Civil Veterinary Department. United Provinces 1912-22 - 1912-1922
Year: 1912
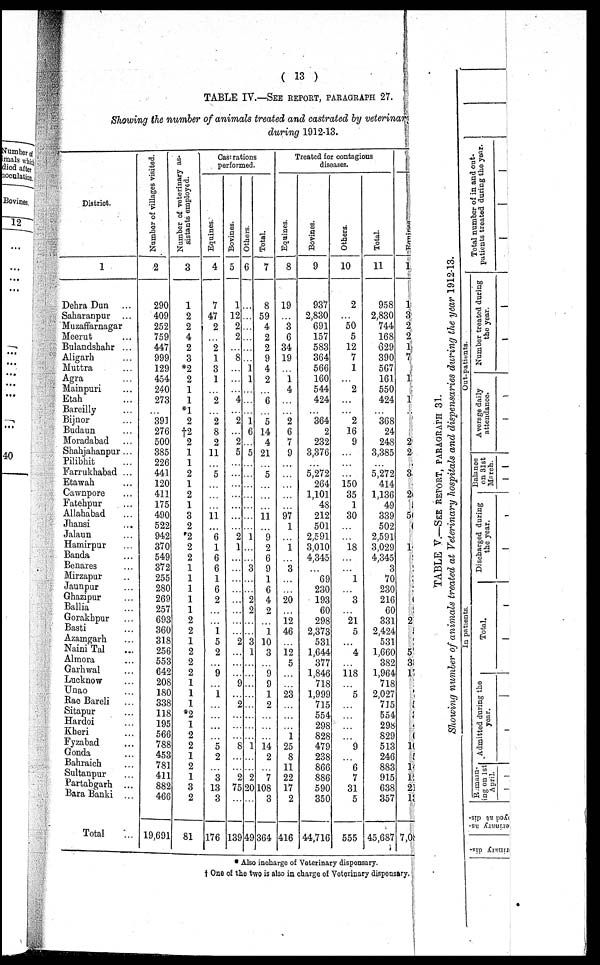
If".
o
W
Total
E> P gp ov; er 1 ST S-' p B ^ P ET P N P o P trg CTCD P ST EL £f E P P S'S ~ *T o £ ^-' 2 S" pW ? » d o p S-o
p s- p H o_, P S o/5 _^ ^Po B ts ?.? E S f 1 S P o-P 5 S FMS ^ S HTtiT P P O 2. ~ p p S» 5 a P 2 3
I-"
t)
H- 1
CD
tP»W^^T^^WMMWI- 1 t5CSOTbOC003GlN3tsJtOK)&30TCOCOOT^Hi^H^K)MOlb3CO;
tO tO l£* h-< CO £* -3" hO )£* tO
C^00M00OX00C^OM0000©^OxUXMTOCOOIC0500OX^^^T^t0CD^TI—'tOtS-tOCOO-JCD
»J*»OiKHD^WCnO«3
OWHHCl5000)OIOOCOO[»MI»a>KlCt00001Nl(OOK)K100lMOi-'fflWOai^'
00©]f>.COCO—TCDtOCOO
to
Number of villages vi sited.
oo
00
Number of veterinary as-
sistants employed.
o
g
oo oo oo :
to ox:
:
:
:
H-* :
co :
to ox M :
:
tsojHOosHro:
M :
:
:
en:
H NJ oo K> :
to:
M oo t-j to :
to-^r-j
kf»
Bquines. x
Jfc CO
•
-^
:
:
...
.
...
.
.
■
■
.
.
.
.
■
.
.
.
■
.
■
i_i
.
ox to •
•
co .
■
:
to.'
co:
:
:
to :
:
:
:
:
•
•
•
i—'to
ox to .
to:
>^ -
•
•
oo.
(OKJKJH
ox
Bovines.
CO
to
;
:
•
:
■
•
:::::::
:
■
:
:
■
:
:
:
:
:
oto.
f—'.
.
:
.
.
.
:
:
MM .
:
to to ■
■
oo.
.
t—*
or.
c& \-* .
.
\—' t—<
C2
Others.
OO
O
'(—»••
■
•
i—'
•
.[_,...
•
to
t—i
•
*
Ox
cooo-r.
to >£.:
:
:
to i—< co co :
MOM:
toif^osi—'coostoco-
i—* •
:
.
ox :
>—'£».,£* ox :
os :
to^cototoif^coco
-a;
Total.
2. "S
a o
OS
i—■ to I-J
to
..to--
i—i •
£^ i—i •
to •
•
•
co
••
>—• os
:
i—<
to-Jtoi—'Oocjii—'■
:
:
oo:
:
enm:
as to :
o :
•
oo:
>->.
i—' —JT :
:
:
:
.
co-rcoto:
.
>£»■>-'.
cotp^cioo.
co
oo
Eqnines.
H3
*
e
o 3'
CT3
1—i
i—i
|_i
to
.
tf^ oo to
j—■
ox.
oo
.
_to
oo ox co oo to tp* oo to ox -^"co *<r"bo oo 'cs or 'oo to
v-* to
: ''os brncnto
1—»to *to : "oo to
oo:
^uiHOrcocnHOiooco
0»COCOOi03<IN)001HtOM^^J#.CO*Jr©010COC5
liiHCOOHlt»OC3<r
-^T 00
03
tO^CSOCjiGOOXCDCOOO
OOOOOOtOt»OOlMKtDOOQ-J*.H05(»0030tO
Ul O H H t3 OO H ^ K)
03tOtOfcP>-
l£*hE>-OC3>f».00--TI-'0-T
CD
Bovines.
5 1 "*
OX
OX
oo
:
::::
:
i-<:
:
to:
:
:
:
t—> :
.
oo
oo ox :
:
:
M
:
:
:
M
OX .
Ol M-J05
CO
Ox
CO
if-
DIM
00
I-"
00
O M Ox O
COCTtO
tO
H<TbOOlO
to
o Others.
a
If".
Ox
Ol
OO ■'
"^ -I
to
l—I
1—'
to
J^-00 bO
t—'
JSt .
CO
.
to
OOCiCDOOtOOtCOtOOX -j'o -q'co 00 C5 Oi "if^ oo
to to
MO Oi Oi M
"i-J kt^ to :
00 to
oo :
*■ Ox 1—' O! 00 C'J f- 1 -T 00 CO
OxOOl—I CO ^ M Kl CD &[ ^-'t-Ot—iCiOSClCOWCOGlHCO^
^tOt0 0 03f^COH<(
COhE^tOCTi
tOOXCiOCOtOCDrf^OOOX
MCOOXtOGlMOCClt.Ol-aC!)1fUOH1t>HOOOOtl3WtOHW«)tOC»*.KI
OXOOif^OO
1^0H<Ot0 05l^OOO
1—'
1—'
Total.
>3
-5
2233^-®
Da
o
4
S
3. »"
«5 S
,_, SJ
CO Ci
!-• S
to g_
OO E5
a,
- c^
wmm
bd
f
i—i
<
1 in
w
M
SJ
►3
o
>
o
S3
t>-
»J
3
TABLE V.—SEE REPORT, PARAGRAPH 31.
Showing number of animals treated at Veterinary hospitals and dispensaries during the year 1912-13.
In patients.
Out-patients.
B jamm-
ing on 1st
April.
Admitted during the
year.
Total.
Discharged during
the year.
Balanoe
on 31st
March.
1 1
Average daily
attendance.
Number treated during
the year.
I t
1
1
1
!
i
1
1
1
1
Total number of in and out-
patients treated during the year.